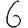
Digit: 6